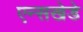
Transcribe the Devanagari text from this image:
एन्सखेडे